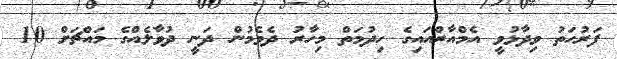
ފަރުހަތު ވިދާޅުވީ އެމްއާރްއައިގެ ހިދުމަތް މިހާރު ދެވެމުން ދަނީ ދުވާލެއްގެ މައްޗަށް 10